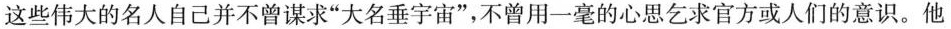
这些伟大的名人自己并不曾谋求”大名垂宇宙”，不曾用-毫的心思乞求官方或人们的意识。他